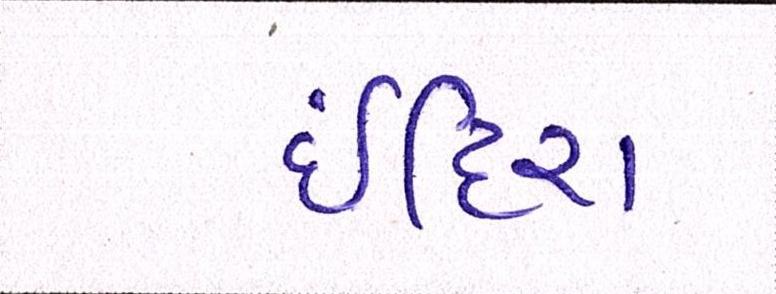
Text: ઈંદિરા